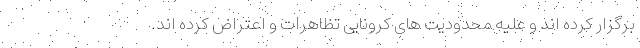
برگزار کرده اند و علیه محدودیت های کرونایی تظاهرات و اعتراض کرده اند.